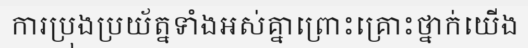
ការប្រុងប្រយ័ត្នទាំងអស់គ្នាព្រោះគ្រោះថ្នាក់យើង